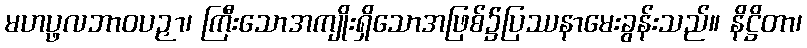
မဟပ္ဖလဘာဝပဉှာ၊ ကြီးသောအကျိုးရှိသောအဖြစ်၌ပြဿနာမေးခွန်းသည်။ နိဋ္ဌိတာ၊